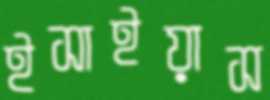
ইসাইয়াস